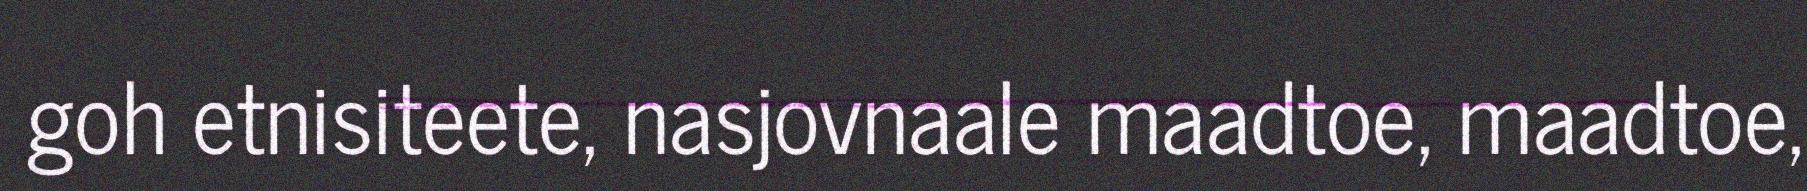
goh etnisiteete, nasjovnaale maadtoe, maadtoe,